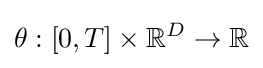
\theta :[0,T]\times \mathbb {R} ^{D}\rightarrow \mathbb {R}